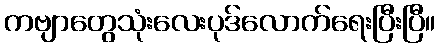
ကဗျာတွေသုံးလေးပုဒ်လောက်ရေးပြီးပြီ။